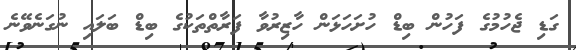
ގަޑި ޖެހުމުގެ ފަހުން ބިޑް ހުށަހަޅަން ހާޒިރުވާ ފަރާތްތަކުގެ ބިޑް ބަލައި ނުގަނެވޭނެ